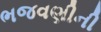
ભજવણીની